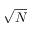
\sqrt { N }